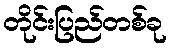
တိုင်းပြည်တစ်ခု